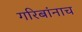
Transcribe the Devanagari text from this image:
गरिबांनाच